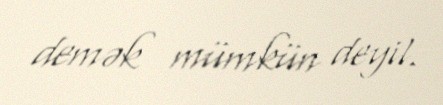
demək mümkün deyil.